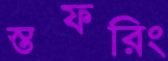
স্তফরিং